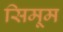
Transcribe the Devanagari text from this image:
सिमूम